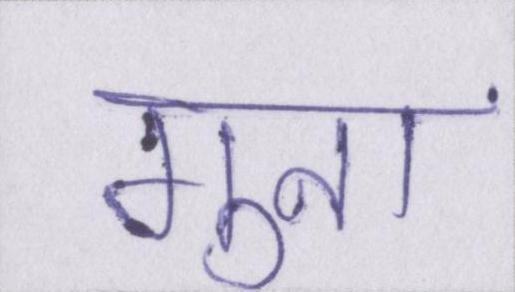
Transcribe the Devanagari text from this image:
गुना